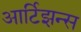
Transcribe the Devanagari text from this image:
आर्टिझन्स